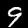
Digit: 9